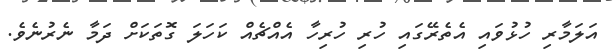
އަލަމާރި ހުޅުވައި އެތެރޭގައި ހުރި ހުރިހާ އެއްޗެއް ކަހަލަ ގޮތަކަށް ދަމާ ނެރުނެވެ.